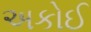
અકોઈ